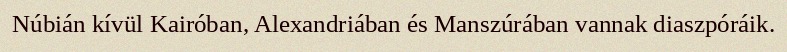
Núbián kívül Kairóban, Alexandriában és Manszúrában vannak diaszpóráik.